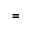
=